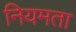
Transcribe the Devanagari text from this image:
नियमता